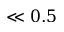
\ll 0 . 5